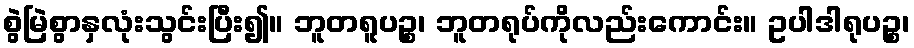
စွဲမြဲစွာနှလုံးသွင်းပြီး၍။ ဘူတရူပဉ္စ၊ ဘူတရုပ်ကိုလည်းကောင်း။ ဥပါဒါရုပဉ္စ၊